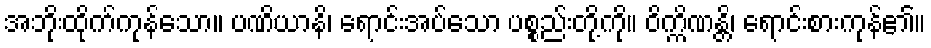
အဘိုးထိုက်ကုန်သော။ ပဏိယာနိ၊ ရောင်းအပ်သော ပစ္စည်းတို့ကို။ ဝိက္ကိဏန္တိ၊ ရောင်းစားကုန်၏။